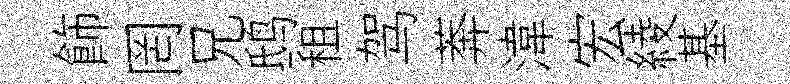
飾罔兄鸱租驾莾湋宏綾基